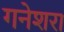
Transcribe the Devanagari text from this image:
गनेशरा